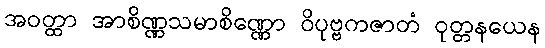
အဝတ္ထာ အာစိဏ္ဏသမာစိဏ္ဏော ဝိပုဗ္ဗကဇာတံ ဝုတ္တနယေန